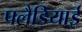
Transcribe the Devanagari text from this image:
पलैडियाई